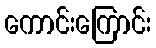
ကောင်းကြောင်း